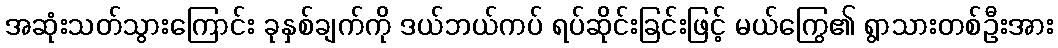
အဆုံးသတ်သွားကြောင်း ခုနှစ်ချက်ကို ဒယ်ဘယ်ကပ် ရပ်ဆိုင်းခြင်းဖြင့် မယ်ကြွေ၏ ရွာသားတစ်ဦးအား